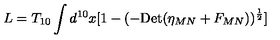
L = T _ { 1 0 } \int d ^ { 1 0 } x [ 1 - ( - \mathrm { D e t } ( \eta _ { M N } + F _ { M N } ) ) ^ { { \frac { 1 } { 2 } } } ]